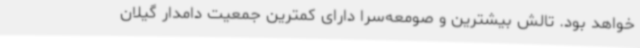
خواهد بود. تالش بیشترین و صومعه‌سرا دارای کمترین جمعیت دامدار گیلان